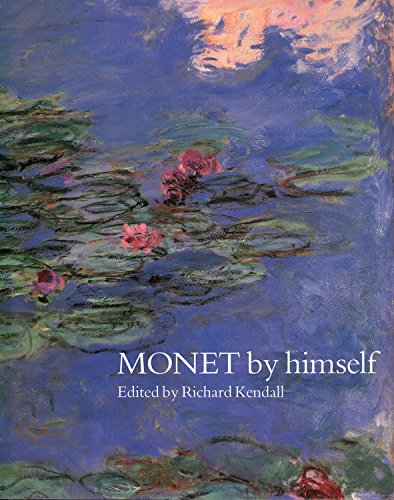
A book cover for Monet By Himself (Artist by Himself); Arts & Photography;